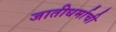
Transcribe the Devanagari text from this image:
जातीधर्माची